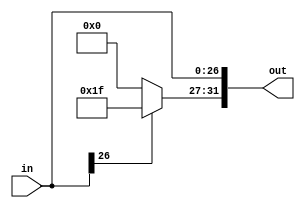
module sign_extender_27(in, out);

    input [26:0] in;
    output [31:0] out;

    wire [31:0] zeros, ones;
    assign zeros = 32'b0;
    assign ones = ~zeros;

    assign out[26:0] = in[26:0];
    assign out[31:27] = in[26] ? ones[31:27] : zeros[31:27];

endmodule